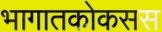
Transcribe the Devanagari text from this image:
भागातकोकसस